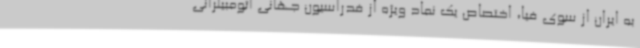
به ایران از سوی فیا، اختصاص یک نماد ویژه از فدراسیون جهانی اتومبیلرانی